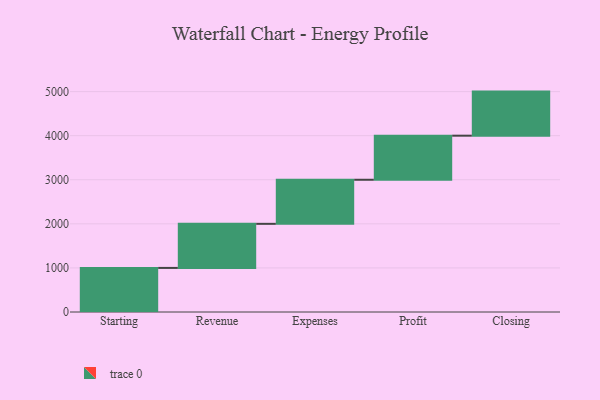
{"axis": {"x": "Step", "y": "Value"}, "legend": [""], "data": [{"x": "Starting", "y": 1000, "type": ""}, {"x": "Revenue", "y": 1000, "type": ""}, {"x": "Expenses", "y": 1000, "type": ""}, {"x": "Profit", "y": 1000, "type": ""}, {"x": "Closing", "y": 1000, "type": ""}]}